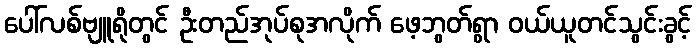
ပေါ်လစ်ဗျူရိုတွင် ဦးတည်အုပ်စုအလိုက် ဖေ့ဘွတ်ရွာ ဝယ်ယူတင်သွင်းခွင့်